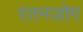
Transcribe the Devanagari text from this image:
रतनजोग